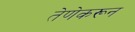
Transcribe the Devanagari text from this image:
तेणेकरून